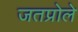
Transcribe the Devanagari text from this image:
जतप्रोले